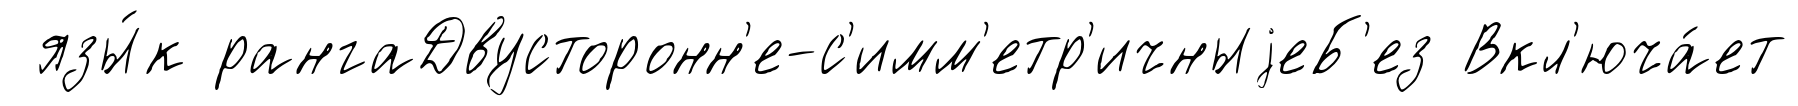
язы́к рангаДвусторонн'е-с'имм'етр'ичныjеБ'ез Вкл'юча́ет